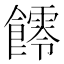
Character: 𩟃